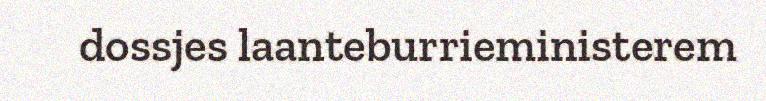
dossjes laanteburrieministerem